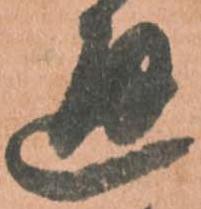
通